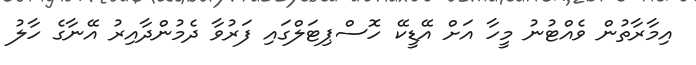
އިމާރާތުން ވެއްޓުނު މީހާ އަށް އޭޑީކޭ ހޮސްޕިޓަލްގައި ފަރުވާ ދެމުންދާއިރު އޭނާގެ ހާލު